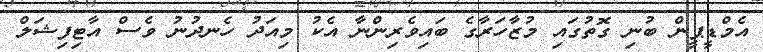
އެމްޑީޕީން ބުނި ގޮތުގައި މުޒާހަރާގެ ބައިވެރިންނާ އެކު މިއަދު ހެނދުނު ވެސް އާޓިފިޝަލް